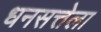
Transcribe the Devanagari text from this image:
धनसत्तेला